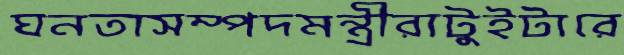
ঘনতাসম্পদমন্ত্রীরাটুইটারে